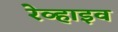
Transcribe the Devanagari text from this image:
रेव्हाइव